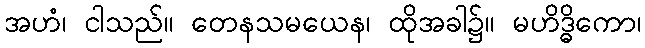
အဟံ၊ ငါသည်။ တေနသမယေန၊ ထိုအခါ၌။ မဟိဒ္ဓိကော၊